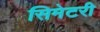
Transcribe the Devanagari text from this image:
सिमेटरी